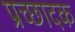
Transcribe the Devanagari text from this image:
प्रच्छादक